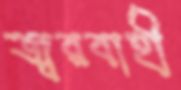
জ্বরবাহী